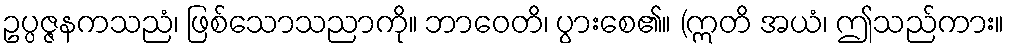
ဥပ္ပဇ္ဇနကသညံ၊ ဖြစ်သောသညာကို။ ဘာဝေတိ၊ ပွားစေ၏။ (ဣတိ အယံ၊ ဤသည်ကား။